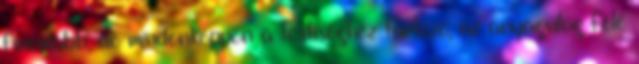
finomabb, de mindenképpen a testiséghez tartozó, az anyagvilág felé